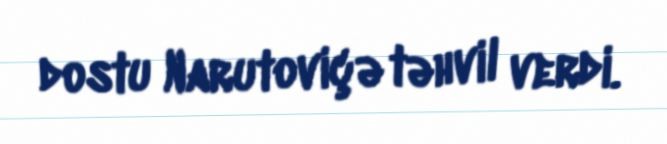
dostu Narutoviçə təhvil verdi.